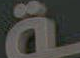
ـة